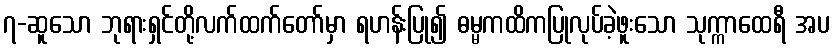
၇-ဆူသော ဘုရားရှင်တို့လက်ထက်တော်မှာ ရဟန်းပြု၍ ဓမ္မကထိကပြုလုပ်ခဲ့ဖူးသော သုက္ကာထေရီ အပ